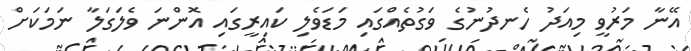
އޭނާ މަރުވީ މިއަދު ހެނދުނުގެ ވަގުތެއްގައި މަޑަވެލި ކައިރީގައި އޮންނަ ވެލަގަލާ ނަމަކަށް